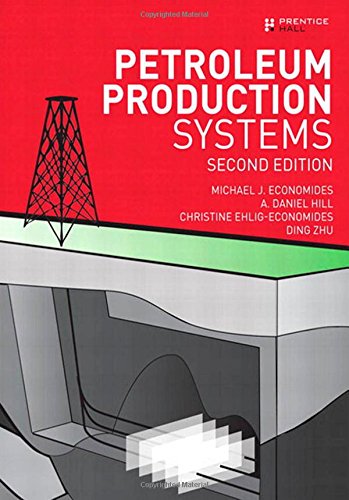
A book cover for Petroleum Production Systems (2nd Edition); Michael J. Economides; Engineering & Transportation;